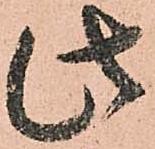
此